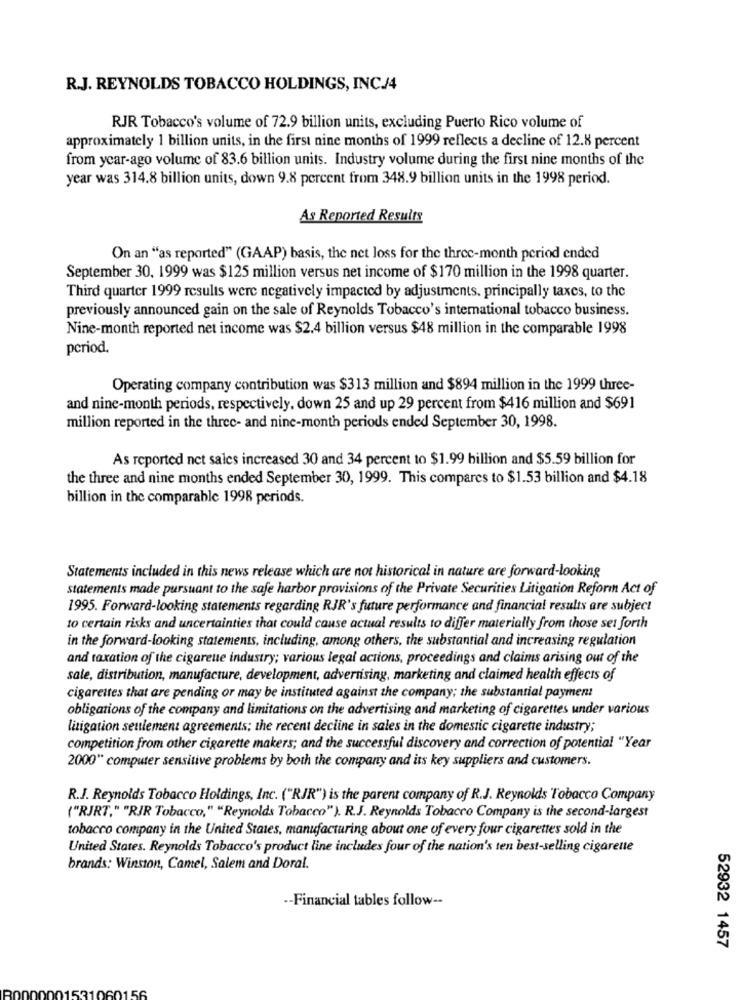
R.J. REYNOLDS TOBACCO HOLDINGS, INC/4
RJR Tobacco's volume of 72.9 billion units, excluding Puerto Rico volume of
approximately 1 billion units, in the first nine months of 1999 reflects a decline of 12.8 percent
from year-ago volume of 83.6 billion units. Industry volume during the first nine months of the
year was 314.8 billion units, down 9.8 percent from 348.9 billion units in the 1998 period.
As Reported Results
On an "as reported" (GAAP) basis, the net loss for the three-month period ended
September 30, 1999 was $125 million versus net income of $170 million in the 1998 quarter.
Third quarter 1999 results were negatively impacted by adjustments. principally taxes, to the
previously announced gain on the sale of Reynolds Tobacco's international tobacco business.
Nine-month reported net income was $2.4 billion versus $48 million in the comparable 1998
period.
Operating company contribution was $313 million and $894 million in the 1999 three-
and nine-month periods, respectively, down 25 and up 29 percent from $416 million and $691
million reported in the three- and nine-month periods ended September 30, 1998.
As reported net sales increased 30 and 34 percent to $1.99 billion and $5.59 billion for
the three and nine months ended September 30, 1999. This compares to $1.53 billion and $4.18
billion in the comparable 1998 periods.
Statements included in this news release which are not historical in nature are forward-looking
statements made pursuant to the safe harbor provisions of the Private Securities Litigation Reform Act of
1995. Forward-looking statements regarding RJR's future performance and financial results are subject
to certain risks and uncertainties that could cause actual results to differ materially from those set forth
in the forward-looking statements, including, among others, the substantial and increasing regulation
and taxation of the cigareue industry; various legal actions, proceedings and claims arising out of the
sale, distribution, manufacture, development, advertising, marketing and claimed health effects of
cigarettes that are pending or may be instituted against the company; the substantial payment
obligations of the company and limitations on the advertising and marketing of cigarettes under various
litigation seulement agreements; the recent decline in sales in the domestic cigarette industry;
competition from other cigarette makers; and the successful discovery and correction of potential "Year
2000" computer sensitive problems by both the company and its key suppliers and customers.
R.J. Reynolds Tobacco Holdings, Inc. ("RJR") is the parent company of R.J. Reynolds Tobacco Company
("RJRT." "RJR Tobacco," "Reynolds Tobacco" ). R.J. Reynolds Tobacco Company is the second-largest
tobacco company in the United States, manufacturing about one of every four cigarettes sold in the
United States. Reynolds Tobacco's product line includes four of the nation's ten best-selling cigarette
brands: Winston, Camel, Salem and Doral.
-- Financial tables follow --
52932 1457